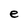
Character: e